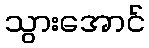
သွားအောင်